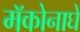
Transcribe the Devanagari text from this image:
मॅकोनाघे